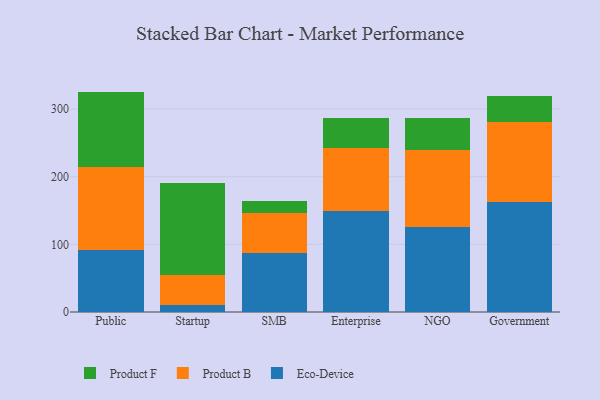
{"axis": {"x": "Segment", "y": "Demand Index"}, "legend": ["Eco-Device", "Product B", "Product F"], "data": [{"x": "Public", "y": 92.1, "type": "Eco-Device"}, {"x": "Public", "y": 121.8, "type": "Product B"}, {"x": "Public", "y": 111.9, "type": "Product F"}, {"x": "Startup", "y": 11.0, "type": "Eco-Device"}, {"x": "Startup", "y": 43.6, "type": "Product B"}, {"x": "Startup", "y": 136.7, "type": "Product F"}, {"x": "SMB", "y": 86.9, "type": "Eco-Device"}, {"x": "SMB", "y": 60.0, "type": "Product B"}, {"x": "SMB", "y": 17.0, "type": "Product F"}, {"x": "Enterprise", "y": 148.8, "type": "Eco-Device"}, {"x": "Enterprise", "y": 94.3, "type": "Product B"}, {"x": "Enterprise", "y": 43.9, "type": "Product F"}, {"x": "NGO", "y": 126.2, "type": "Eco-Device"}, {"x": "NGO", "y": 112.8, "type": "Product B"}, {"x": "NGO", "y": 48.0, "type": "Product F"}, {"x": "Government", "y": 163.2, "type": "Eco-Device"}, {"x": "Government", "y": 117.9, "type": "Product B"}, {"x": "Government", "y": 37.8, "type": "Product F"}]}